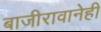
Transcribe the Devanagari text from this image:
बाजीरावानेही